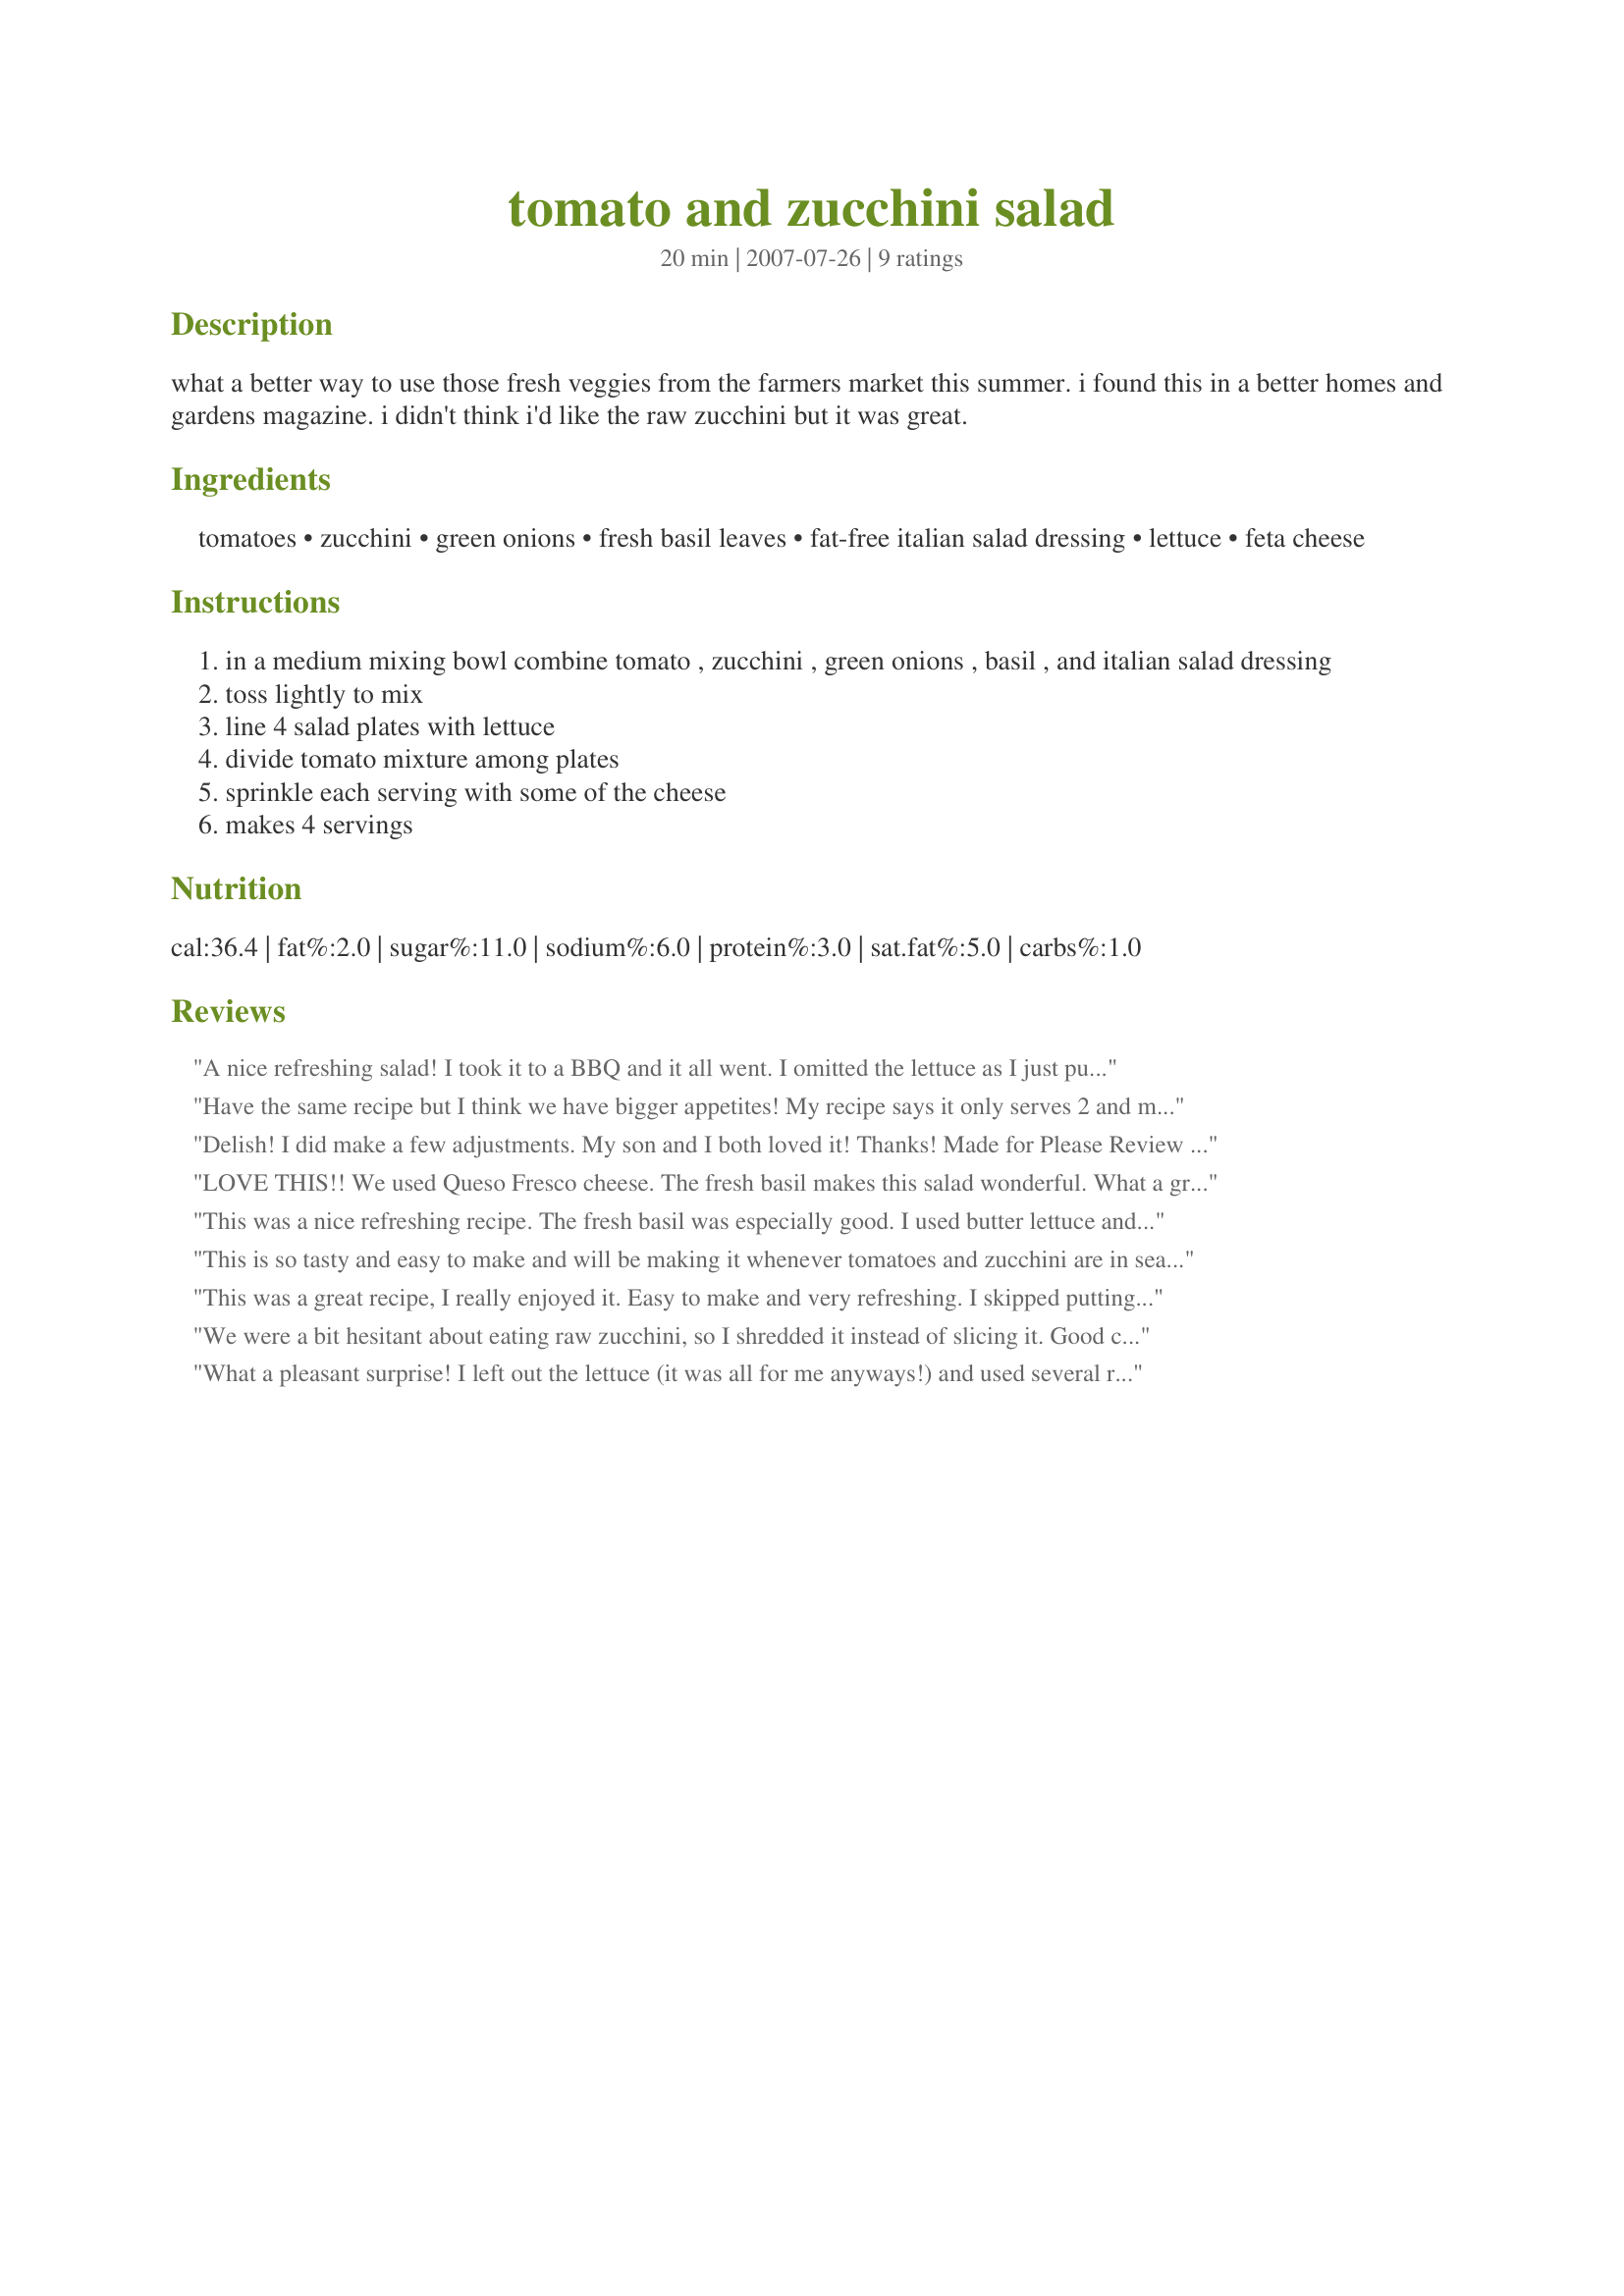
tomato and zucchini salad
Preparation time: 20 minutes

what a better way to use those fresh veggies from the farmers market this summer. i found this in a better homes and gardens magazine. i didn't think i'd like the raw zucchini but it was great.

Ingredients:
tomatoes, zucchini, green onions, fresh basil leaves, fat-free italian salad dressing, lettuce, feta cheese

Steps:
in a medium mixing bowl combine tomato , zucchini , green onions , basil , and italian salad dressing
toss lightly to mix
line 4 salad plates with lettuce
divide tomato mixture among plates
sprinkle each serving with some of the cheese
makes 4 servings

Reviews:
A nice refreshing salad! I took it to a BBQ and it all went. I omitted the lettuce as I just put it all in a serving bowl (I tripled the recipe). I make a similar salad using cucumber instead of zucchini and also garbanzo beans. I bet the garbanzos would be a nice addition to this salad! Oh, I also used Good Seasons Italian salad dressing and didn't measure it, just added until it "looked right". I used feta cheese, but bet those mini fresh mozzarella balls would work really well too. Delish!
Have the same recipe but I think we have bigger appetites! My recipe says it only serves 2 and my recipe calls for 2 lettuce leaves (one for each serving plate). Glad you posted this!
Delish! I did make a few adjustments. My son and I both loved it! Thanks! Made for Please Review My recipe game(PRMR).
LOVE THIS!! We used Queso Fresco cheese. The fresh basil makes this salad wonderful. What a great way to use up those zuchinni! We will eat this again and again
This was a nice refreshing recipe. The fresh basil was especially good. I used butter lettuce and the feta option. Made for Photo tag.
This is so tasty and easy to make and will be making it whenever tomatoes and zucchini are in season. I did not put it on lettuce leaves, but served it as a chopped salad, using mild crumbled feta cheese. I dripped on a tiny bit of red wine vinegar on top of the salad for added zip, used fresh basil and added some seasoned cracked pepper. There was enough for two servings for us with enough left over for my lunch today. Very good recipe!
This was a great recipe, I really enjoyed it. Easy to make and very refreshing. I skipped puttingit on a leaf of lettuce and just served it in a bowl and it was great.
We were a bit hesitant about eating raw zucchini, so I shredded it instead of slicing it. Good choice, because the kids never knew what hit them! I used full-fat salad dressing (made my own) and crumbled in some local salty cheese which is just like feta. This went very well with tuna croquettes and iced herbal tea, thanks!
What a pleasant surprise! I left out the lettuce (it was all for me anyways!) and used several roma tomatoes, 1 green onion, dried basil and the mozzarella option. So refreshing and a great combo of flavors! Thanks Gert. Now I have a yummy dish for all those tomatoes and zucchini! :lol:
